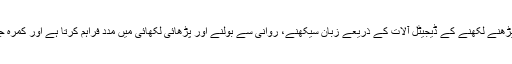
بچوں کی تعلیم کے لیے کام کرنے والا یہ ادارہ عربی پڑھنے لکھنے کے ڈیجیٹل آلات کے ذریعے زبان سیکھنے، روانی سے بولنے اور پڑھائی لکھائی میں مدد فراہم کرتا ہے اور کمرہ جماعت میں سیکھنے کے عمل کو مزید آگے بڑہاتا ہے۔